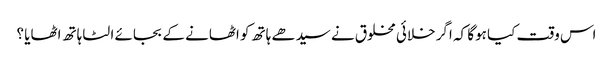
اس وقت کیا ہوگا کہ اگر خلائی مخلوق نے سیدھے ہاتھ کو اٹھانے کے بجائے الٹا ہاتھ اٹھایا ؟